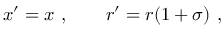
x ^ { \prime } = x ~ , \qquad r ^ { \prime } = r ( 1 + \sigma ) ~ ,